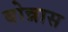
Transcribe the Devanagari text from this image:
बोन्नास